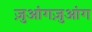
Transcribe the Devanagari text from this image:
ज़ुआंगज़ुआंग